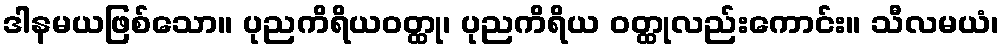
ဒါနမယဖြစ်သော။ ပုညကိရိယဝတ္ထု၊ ပုညကိရိယ ဝတ္ထုလည်းကောင်း။ သီလမယံ၊